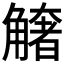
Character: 𧤺